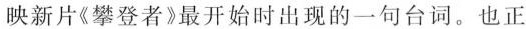
映新片《攀登者》最开始时出现的一句台词。也正